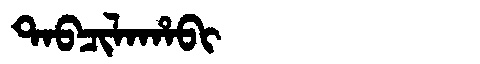
Manchu: ᡨᠠᠪᠴᡳᠯᠠᡥᠠᠪᡳ
Romanization: TABCILAHABI